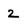
Character: 2